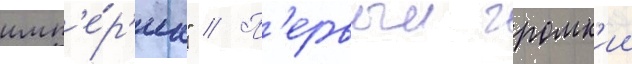
имп'е́р'иа" // П'ервыи громк'ии